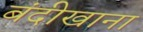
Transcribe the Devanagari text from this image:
बंदीखाना